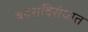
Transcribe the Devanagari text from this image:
बंदराविरोधात